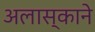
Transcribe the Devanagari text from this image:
अलास्काने